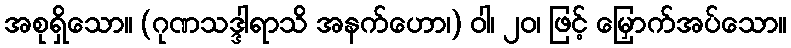
အစုရှိသော။ (ဂုဏသဒ္ဒါရာသိ အနက်ဟော၊) ဝါ၊ ၂၀၊ ဖြင့် မြှောက်အပ်သော။